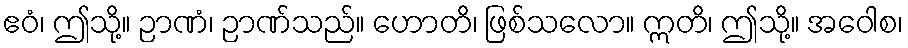
ဧဝံ၊ ဤသို့။ ဉာဏံ၊ ဉာဏ်သည်။ ဟောတိ၊ ဖြစ်သလော။ ဣတိ၊ ဤသို့။ အဝေါစ၊